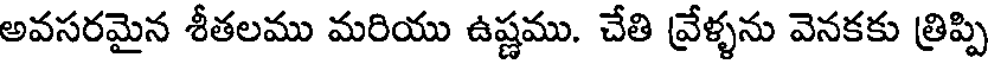
అవసరమైన శీతలము మరియు ఉష్ణము. చేతి వ్రేళ్ళను వెనకకు త్రిప్పి